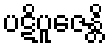
ပဋိပူဇေန္တိ